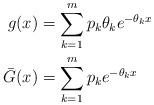
LaTeX: \begin{align*} g(x) &= \sum_{k=1}^{m} p_k \theta_k e^{- \theta_k x}\\ \bar{G}(x) &= \sum_{k=1}^{m} p_k e^{-\theta_k x}\end{align*}